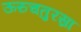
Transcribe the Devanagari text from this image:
ऊरुचतुरस्रा